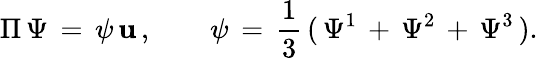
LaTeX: \Pi\, \Psi\, =\, \psi\, \mathbf{u}\, ,\qquad\psi\, =\, {\frac{{1}}{{3}}}\, (\, \Psi^{1}\, +\, \Psi^{2}\, +\, \Psi^{3}\, ).